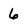
Character: 6